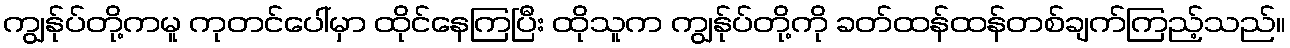
ကျွန်ုပ်တို့ကမူ ကုတင်ပေါ်မှာ ထိုင်နေကြပြီး ထိုသူက ကျွန်ုပ်တို့ကို ခတ်ထန်ထန်တစ်ချက်ကြည့်သည်။